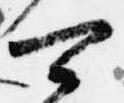
可